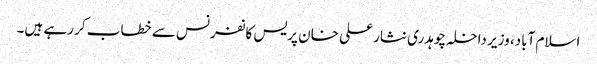
اسلام آباد، وزیر داخلہ چوہدری نثار علی خان پریس کانفرنس سے خطاب کر رہے ہیں۔